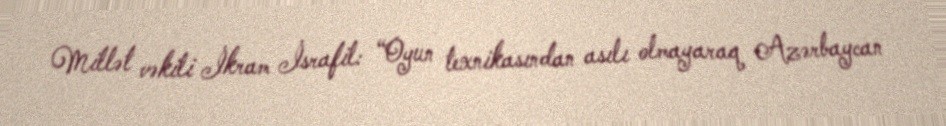
Millət vəkili İkram İsrafil: “Oyun texnikasından asılı olmayaraq Azərbaycan